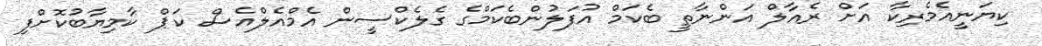
ކިޔަނީއެމެރިކާ އަށް ރެއާލް އަންނާތީ ބެކަމް އުފަލުންބެކަމްގެ ގެލެކްސީން އެމްއެލްއެސް ކަޕް ކާމިޔާބުކޮށްފި